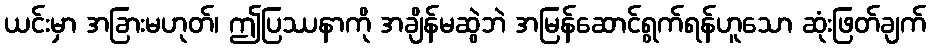
ယင်းမှာ အခြားမဟုတ်၊ ဤပြဿနာကို အချိန်မဆွဲဘဲ အမြန်ဆောင်ရွက်ရန်ဟူသော ဆုံးဖြတ်ချက်